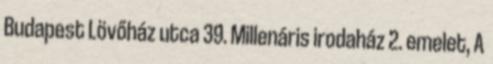
Budapest Lövőház utca 39. Millenáris irodaház 2. emelet, A